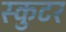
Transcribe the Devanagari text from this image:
स्कुटर